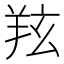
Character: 𦍫